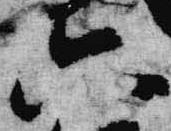
六